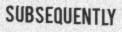
SUBSEQUENTLY